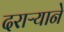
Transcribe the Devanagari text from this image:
दराऱ्याने